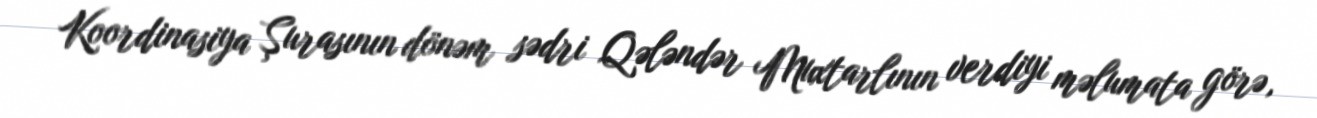
Koordinasiya Şurasının dönəm sədri Qələndər Muxtarlının verdiyi məlumata görə,